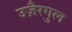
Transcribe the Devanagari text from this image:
उजै़रगुल